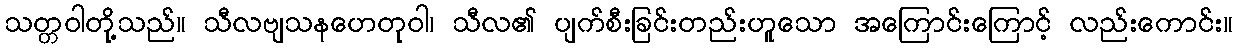
သတ္တဝါတို့သည်။ သီလဗျသနဟေတုဝါ၊ သီလ၏ ပျက်စီးခြင်းတည်းဟူသော အကြောင်းကြောင့် လည်းကောင်း။